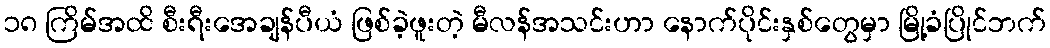
၁၈ ကြိမ်အထိ စီးရီးအေချန်ပီယံ ဖြစ်ခဲ့ဖူးတဲ့ မီလန်အသင်းဟာ နောက်ပိုင်းနှစ်တွေမှာ မြို့ခံပြိုင်ဘက်